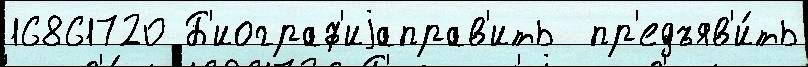
16861720 Б'иограф'иjаправ'ить  пр'едъяв'и́ть